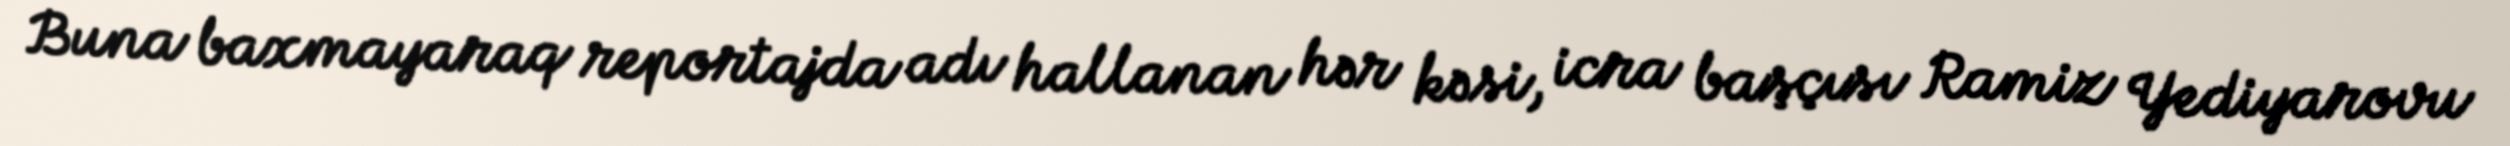
Buna baxmayaraq reportajda adı hallanan hər kəsi, icra başçısı Ramiz Yediyarovu